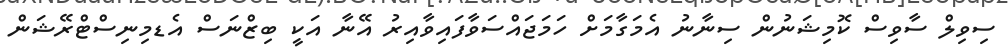
ސިވިލް ސާވިސް ކޮމިޝަނުން ސިނާނު އެމަގާމަށް ހަމަޖައްސަވާފައިވާއިރު އޭނާ އަކީ ބިޒްނަސް އެޑމިނިސްޓްރޭޝަން